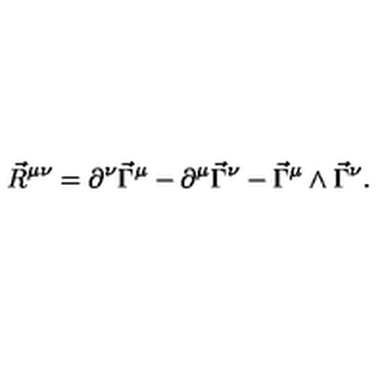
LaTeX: \vec { R } ^ { \mu \nu } = \partial ^ { \nu } \vec { \Gamma } ^ { \mu } - \partial ^ { \mu } \vec { \Gamma } ^ { \nu } - \vec { \Gamma } ^ { \mu } \wedge \vec { \Gamma } ^ { \nu } .